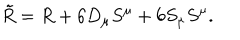
LaTeX: \tilde { R } = R + 6 D _ { \mu } S ^ { \mu } + 6 S _ { \mu } S ^ { \mu } .